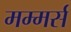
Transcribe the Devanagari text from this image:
मम्मर्स